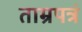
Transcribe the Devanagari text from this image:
ताम्रपत्रं